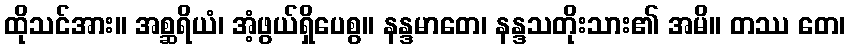
ထိုသင်အား။ အစ္ဆရိယံ၊ အံ့ဖွယ်ရှိပေစွ။ နန္ဒမာတေ၊ နန္ဒသတိုးသား၏ အမိ။ တဿ တေ၊